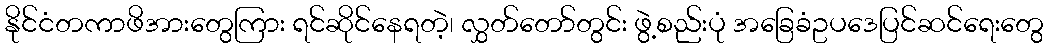
နိုင်ငံတကာဖိအားတွေကြား ရင်ဆိုင်နေရတဲ့၊ လွှတ်တော်တွင်း ဖွဲ့စည်းပုံ အခြေခံဥပဒေပြင်ဆင်ရေးတွေ